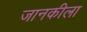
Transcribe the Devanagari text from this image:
जानकीला